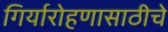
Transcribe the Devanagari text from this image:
गिर्यारोहणासाठीचे